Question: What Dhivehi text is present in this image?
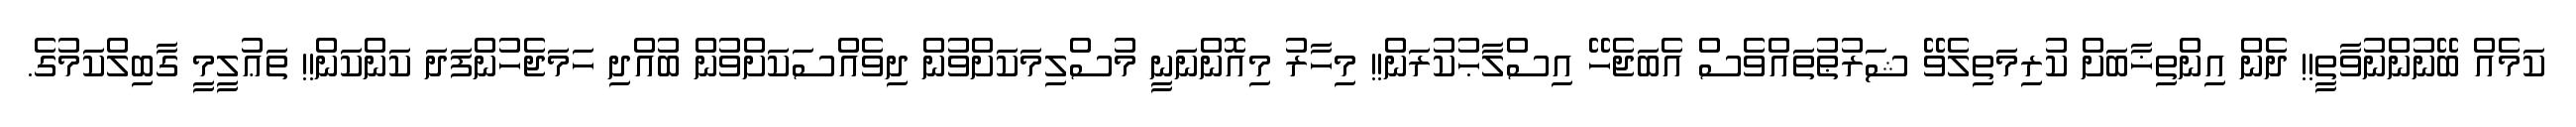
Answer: ކަމެއް ބޭނުންނުވާތީ!! ދެން އިންތިޚާބަށް ކުރިމަތިލެވޭ ޝަރުޠުތައްވެސް އެބަޖެހޭ އިސްލާޙުކުރަން!! މިހާރު މިއޮންނަނީ މުސްލިމަކަށްވުން ދިވެއްސަކަށްވުން ބުއްދި ހަމަޖެހުންފަދަ ކަންކަން!! ތަޢުލީމީ ގާބިލްކަމުގެ.